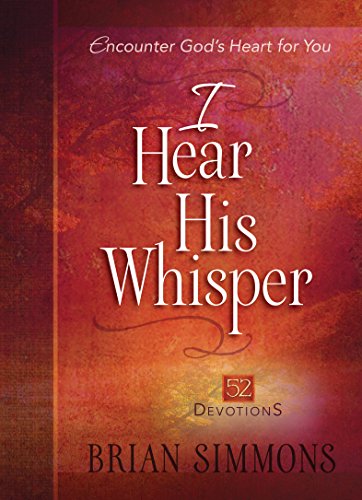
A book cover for I Hear His Whisper: 52 Devotions; Simmons  Brian; Christian Books & Bibles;